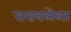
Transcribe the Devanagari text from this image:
सरावलेला